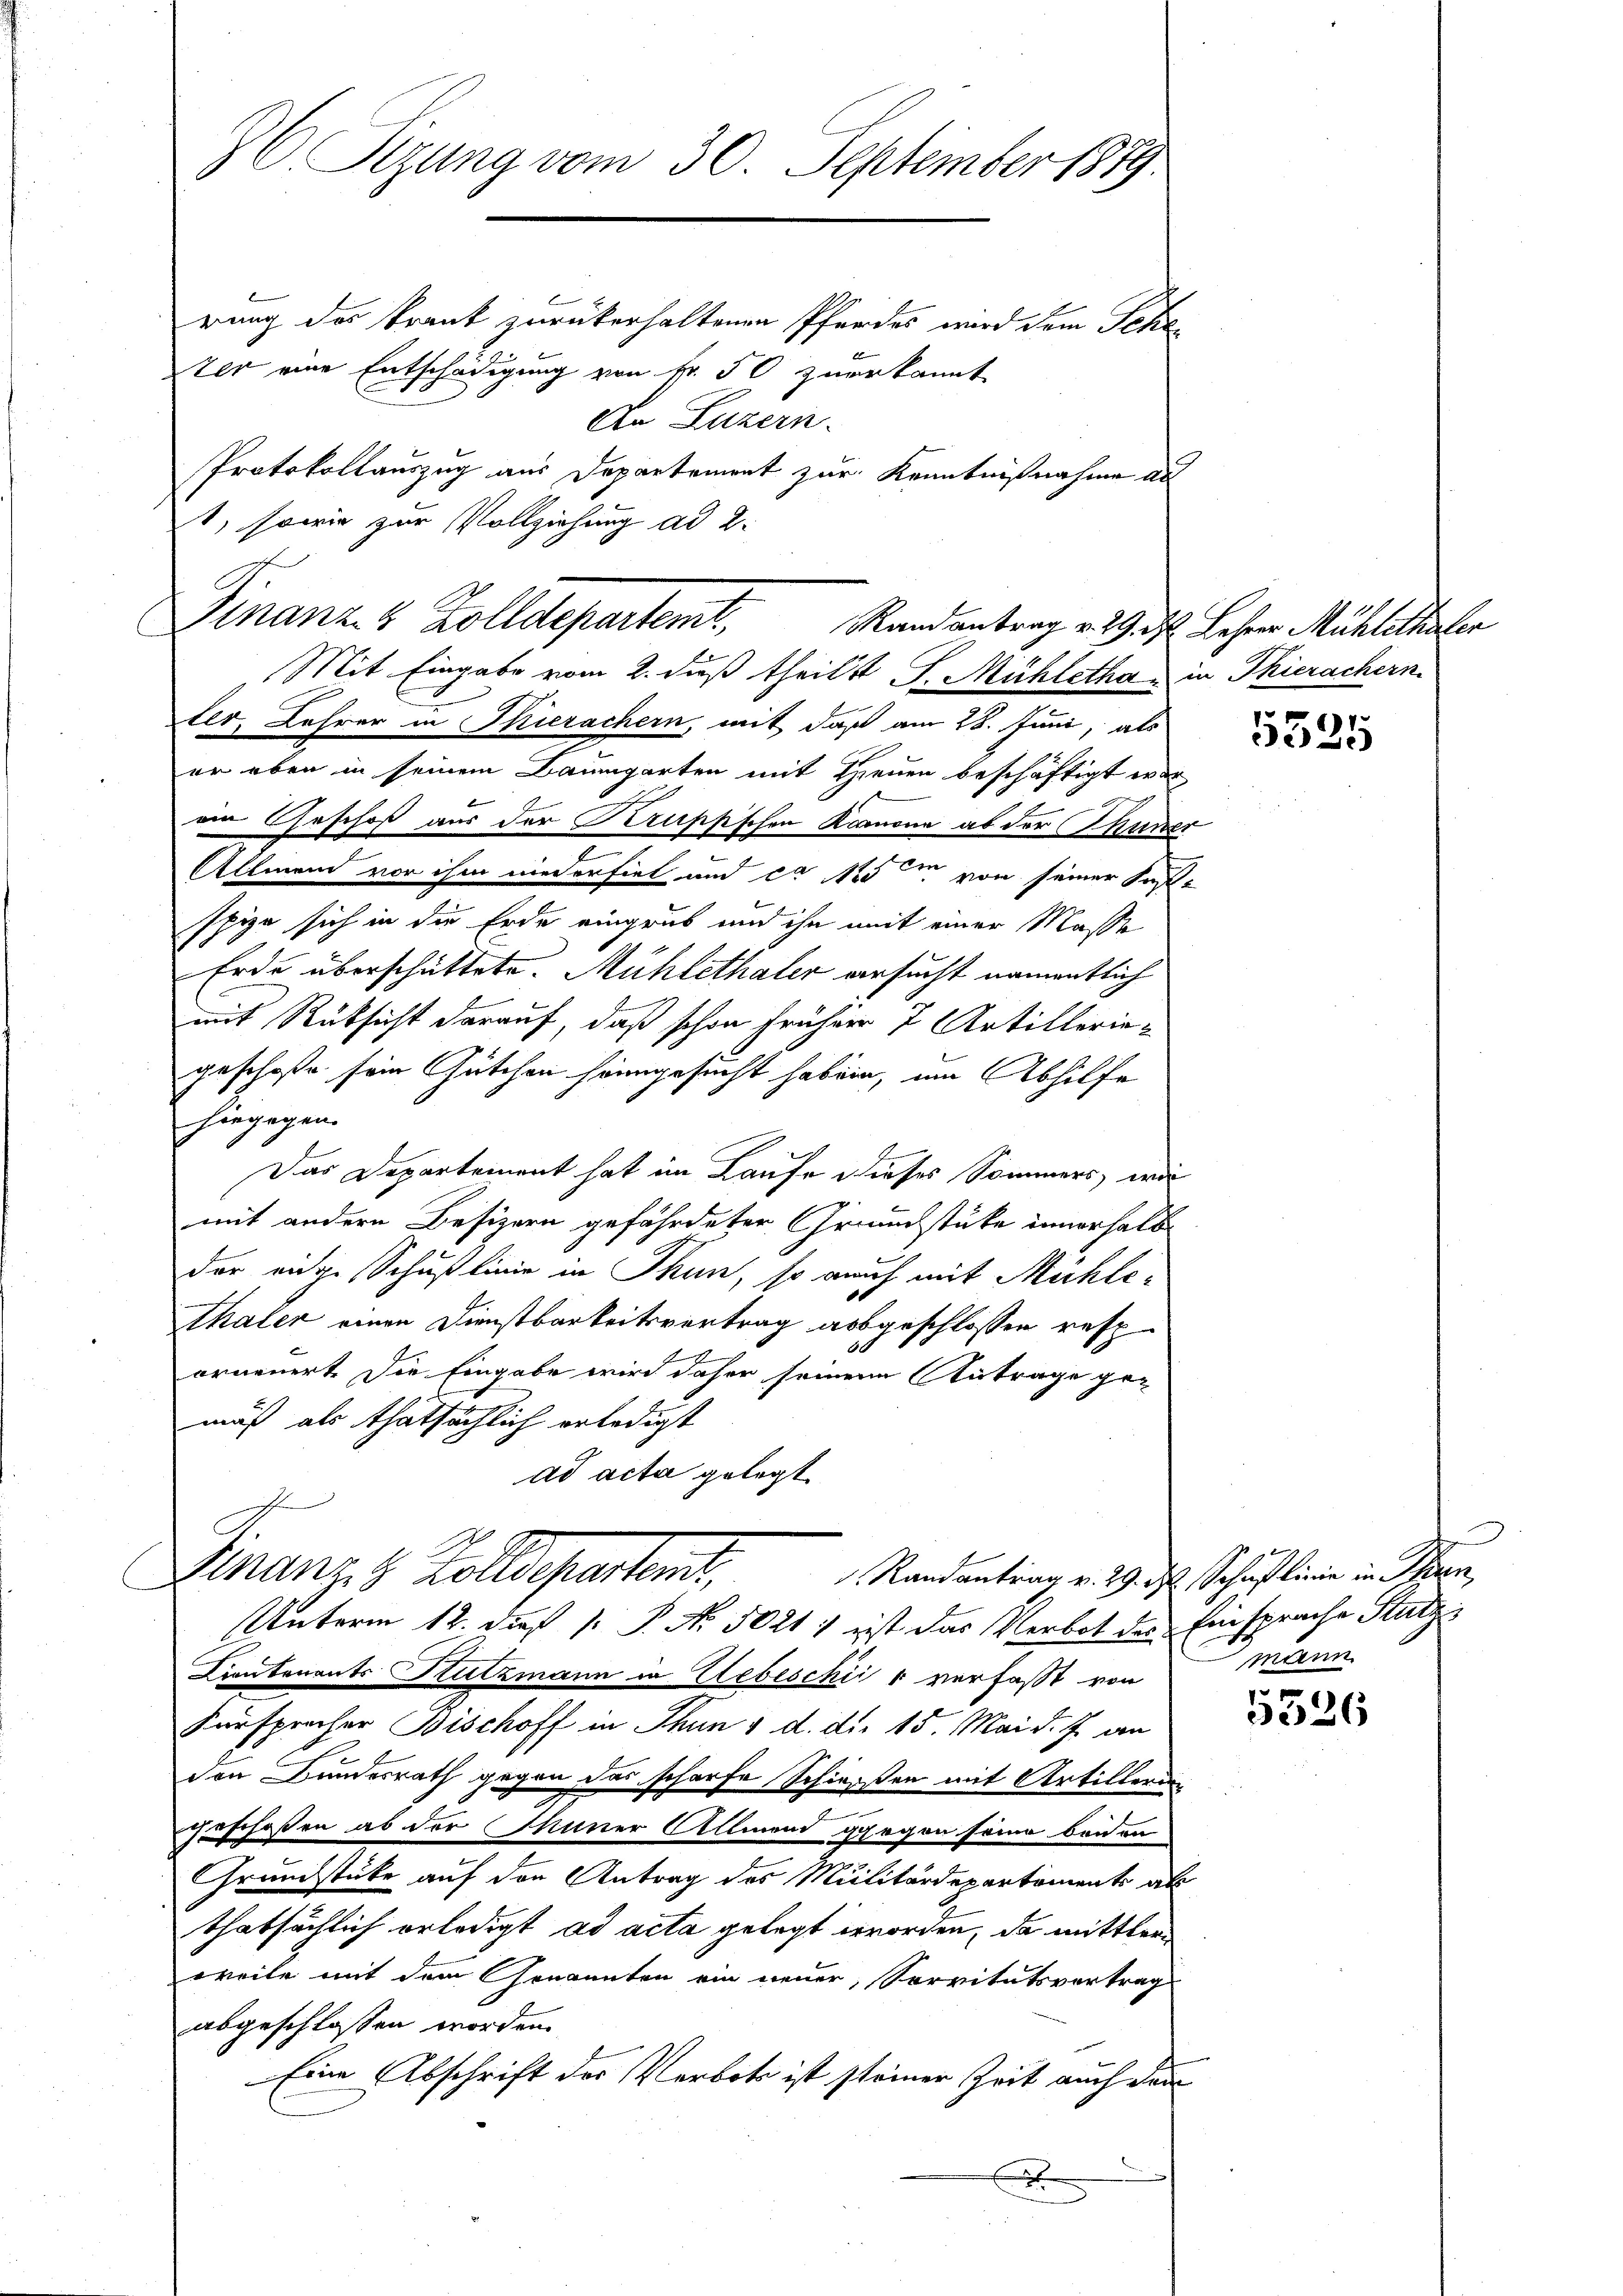
t, sowie zur Vollziehung ad 2.
ter, Lehrer in Thierachern, mit daß am 28. Juni, als
er eben in seinem Baumgarten mit Hienen beschäftigt war,
an Geschoß aus der Krüppschen Kanone ab der Thune.
2
Allmen vor ihm niederfiel und ca Note von seiner Fest-
spize sich in die Erde eingrub und ihn mit einer Masse
Erde überschüttete. Mühlethaler ersucht namentlich
mit Rücksicht darauf, daß schon früher 7 Artilleriegeschoße sein Gütchen heimgesucht haben, um Abhilfe
hingegen.
Das Departement hat im Laufe dieses Sommers, wir
mit andern Besizern gefährdeter Grundstüke innerhalb
der eige Schußlinie in Thun, so auch mit Mühlethaler einen Dienstbarkeitsvertrag abgeschlossen resp.
0
orneuert. Die Eingabe wird daher seinem Antrage gemuß als thatsächlich erledigt
ad acta gelegt.
Finanze Zolldepartent,
 Randantrag v. 29. d. Schulinie in Theren
UUnterm 12. dieß P. P. Nr. 5021 ) ist das Verbot des Einsprache Stutzi
Contonants Stutzmann in Lebeschiis verfaßt von
Fürsprocher Bischoff in Thun u. d. d. 15. Mai d. J. an
den Bundesrath gegen das scharfe Schweisen mit Artillerin
.
Foschofen ab der Miner Allmend gegen seine beiden
Grundstücke auf den Antrag des Militärdepartements als
thatsächlich erledigt ad acta gelegt worden, da mittlere
weile mit dem Genannten ein neuer, Servitutsvertrag
abgeschlossen worden.
Eine Abschrift des Verbots ist steiner Zeit auch den

86 Sizung vom 30. September 1879
rung des Krank zurückerhaltenen Pfordes wird dem Schater eine Entschädigung von Fr. 50 zuerkannt
An Luzern.
Protokollauszug aus Departement zur Kenntnißnahme au

Finanz 4 Zolldepartemt. Randantrag v. 9. d. Lehrer Mühlethaler
Mit Eingabe vom 2. daß theils J. Mühletha in Thierachern.

Al

1.
5523

mann

5536